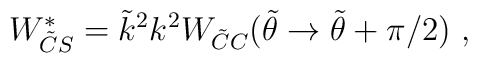
W^*_{\tilde C S} =  \tilde k^2 k^2 W_{\tilde C C}(\tilde \theta \rightarrow \tilde \theta +\pi/2)~,